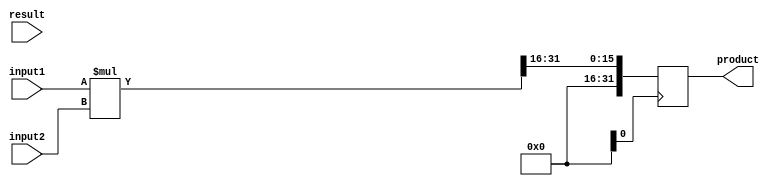
module fixed_point_multiplier (
    input [15:0] input1,
    input [15:0] input2,
    input [15:0] result,
    output [31:0] product
);

reg [31:0] accumulator;

always @ (posedge clk)
begin
    accumulator <= (input1 * input2) >> 16;
end

assign product = accumulator;

endmodule